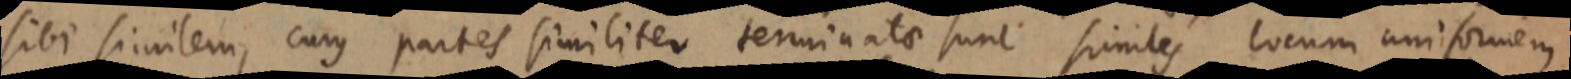
sibi similem, cuius partes similiter terminatae sunt similes locum uniformem